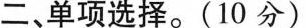
二、单项选择.(10 分)